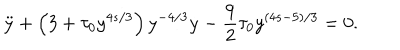
\ddot { y } + \left( 3 + \tau _ { 0 } y ^ { 4 s / 3 } \right) y ^ { - 4 / 3 } \dot { y } - \frac 9 2 \tau _ { 0 } y ^ { ( 4 s - 5 ) / 3 } = 0 .